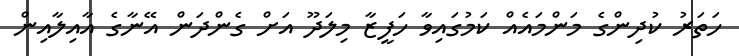
ހަތަރު ކުދިންގެ މަންމައެއް ކަމުގައިވާ ހަފީޒާ މިލަދޫ އަށް ގެންދަން އޭނާގެ އާއިލާއިން